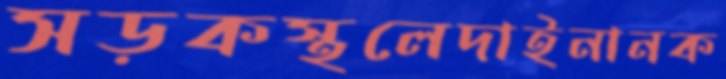
সড়কস্থলেদাইনানক